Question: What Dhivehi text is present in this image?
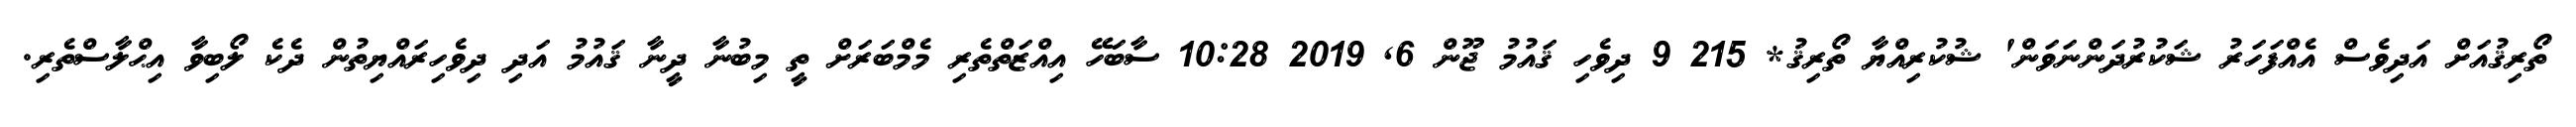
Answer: ތޯރިޤުއަށް އަދިވެސް އެއްފަހަރު ޝަކުރުދަންނަވަން' ޝުކުރިއްޔާ ތޯރިޤު* 215 9 ދިވެހި ޤައުމު ޖޫން 6, 2019 10:28 ސާބަހޭ އިއްޒަތްތެރި މެމްބަރަށް ތީ މިބުނާ ދީނާ ޤައުމު އަދި ދިވެހިރައްޔިތުން ދެކެ ލޯބިވާ އިޙްލާސްތެރި.